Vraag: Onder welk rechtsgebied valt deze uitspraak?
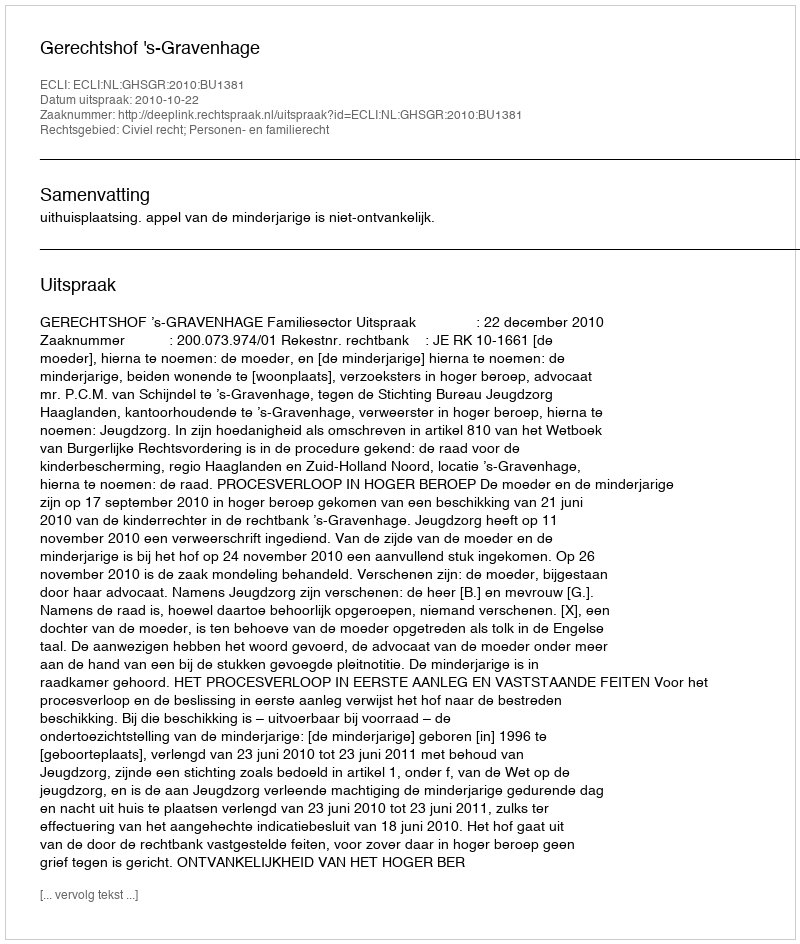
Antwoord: Civiel recht; Personen- en familierecht